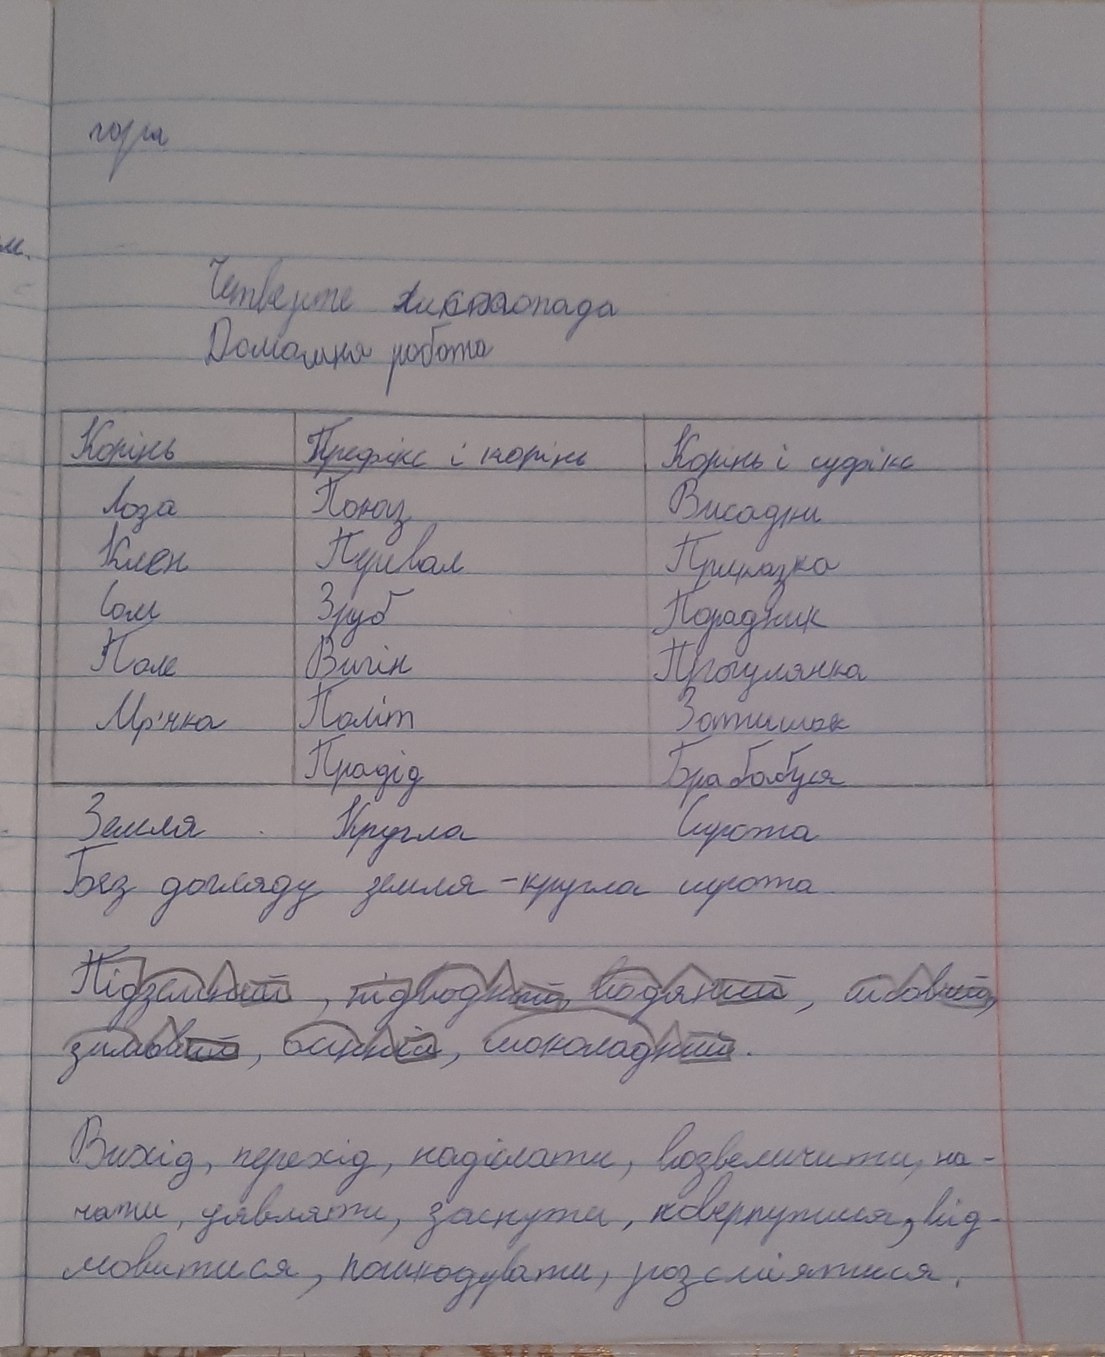
гора
Четверте листопада
Домашня робота
Корінь | Префікс і корінь | Корінь і суфікс
Лоза | Полоз | Висадни |
Клен | Привал | Приказка |
Сом | Зруб | Порадник |
Поле | Вигін | Прогулянка |
Мр'яка | Політ | Затишок
| Прадід | Прабабуся
Земля
Сирота
Кругла
Без догляду земля - кругла сирота.
Підземний, підводний, водяний, лісовий,
зимовий, осінній, шоколадний.
Вихід, перехід, надіслати, возвеличити, на-
чати, уявляти, заснути, повернутися, від-
мовитися, пошкодувати, розсміятися,